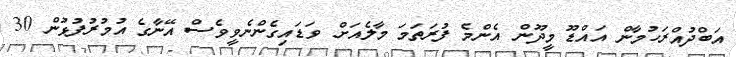
އަބްދުއްރަހުމާން އައްޑޫ މީދޫން އެންމެ ފުރަތަމަ މާލެއަށް ވަޑައިގެންނެވީވެސް އޭނާގެ އުމުރުފުޅުން 30